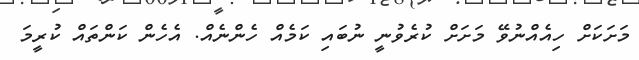
މަށަކަށް ހިއެއްނުވޭ މަށަށް ކުރެވުނީ ނުބައި ކަމެއް ހެންނެއް. އެހެން ކަންތައް ކުރީމަ